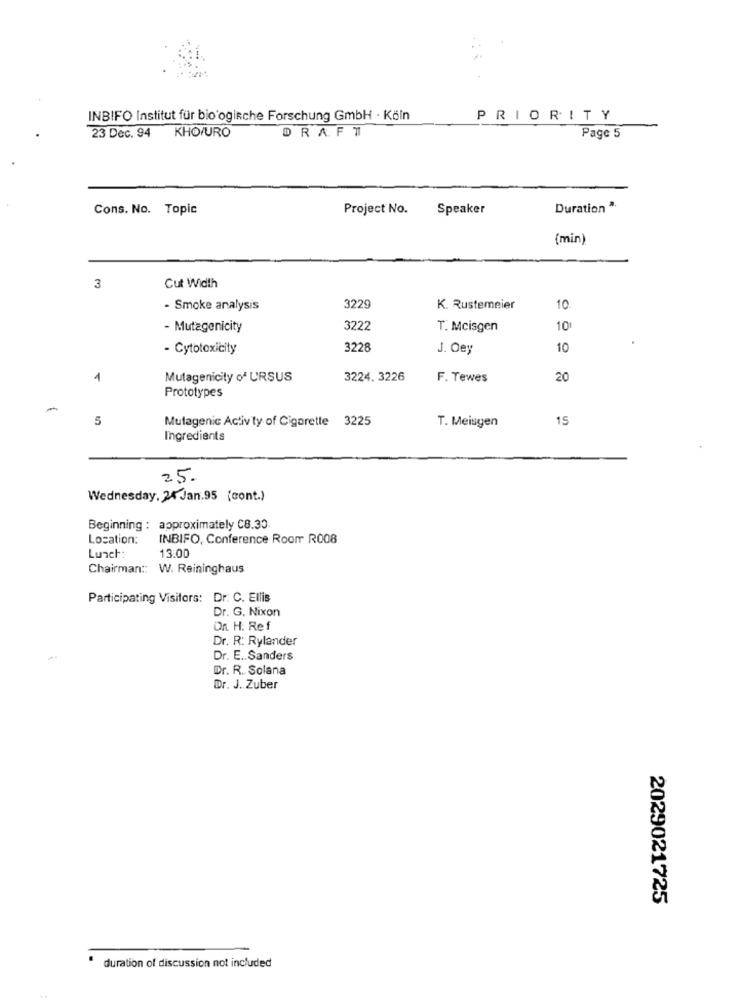
INBIFO Institut für bio'ogische Forschung GmbH · Köln
PRIORITY
23 Dec. 94 KHO/URO
DRAFT
Page 5
Cons. No. Topic
Project No.
Speaker
Duration 2.
(min)
3
Cut Width
- Smoke analysis
3229
K. Rustemeier
10
- Mutagenicity
3222
T. Mcisgen
10
- Cytotoxicity
3228
J. Oey
10
1
Mutagenicity of URSUS
3224. 3226
F. Tewes
20
Prototypes
5
Mutagenic Activity of Cigarette 3225
T. Meisgen
15
Ingredients
25.
Wednesday, 24 Jan.95 (cont.)
Beginning : approximately C8.30
Location:
INBIFO, Conference Roomr R008
Lunch:
13.00
Chairman :: W. Reininghaus
Participating Visitors: Dr. C. Ellis
Dr. G. Nixon
On H. Ref
Dr. R: Rylander
Dr. E. Sanders
Dr. R. Solana
Dr. J. Zuber
2029021725
duration of discussion not included